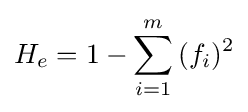
H_{e}=1-\sum \limits _{i=1}^{m}{(f_{i})^{2}}